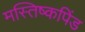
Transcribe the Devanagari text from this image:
मस्तिष्कपिंड